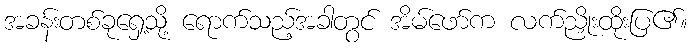
အခန်းတစ်ခုရှေ့သို့ ရောက်သည့်အခါတွင် အိမ်ဖော်က လက်ညှိုးထိုးပြ၏။